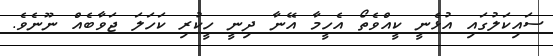
ސައިކަލުގައި އުޅެނީ ކީއްވެތޯ އެހީމާ އޭނާ ދިނީ ހީކުރި ކަހަލަ ޖަވާބެއް ނޫނެވެ.